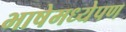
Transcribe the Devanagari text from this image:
भाषेमध्येपण